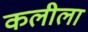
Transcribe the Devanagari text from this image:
कलीला